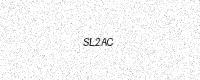
Text: SL2AC